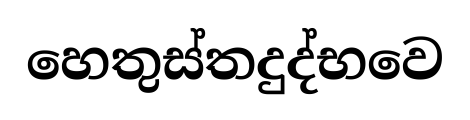
හෙතුස්තදුද්භවෙ